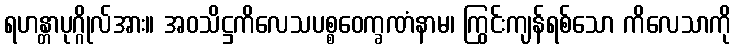
ရဟန္တာပုဂ္ဂိုလ်အား။ အဝသိဋ္ဌကိလေသပစ္စဝေက္ခဏံနာမ၊ ကြွင်းကျန်ရစ်သော ကိလေသာကို